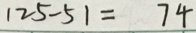
1 2 5 - 5 1 = 7 4